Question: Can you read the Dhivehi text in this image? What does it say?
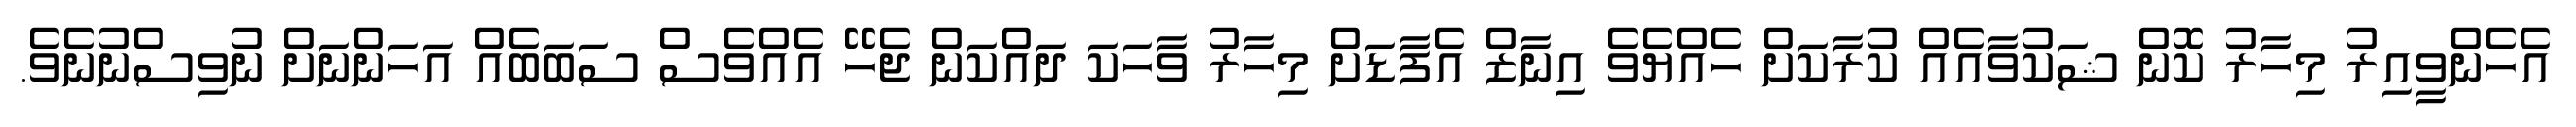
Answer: އެހެންވީއިރު މިހާރު ކޮން ޝަކުވާއެއް ކުރާކަށް ހެއްޔެވެ އިނާޒް އެފާޑަށް މިހާރު ވާހަކަ ދައްކަން ޖެހޭ އެއްވެސް ސަބަބެއް އަހަންނަށް ނުވިސްނުނެވެ.